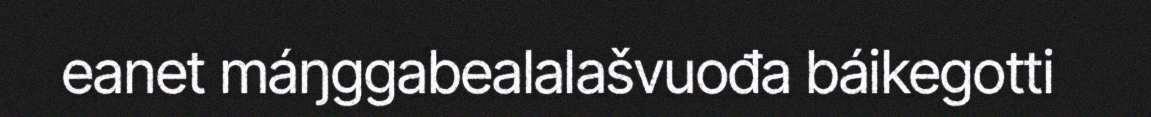
eanet máŋggabealalašvuođa báikegotti